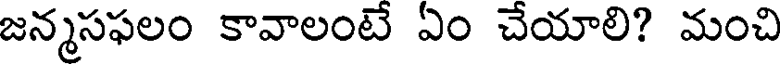
జన్మసఫలం కావాలంటే ఏం చేయాలి? మంచి